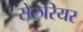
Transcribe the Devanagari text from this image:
सेरुरियर